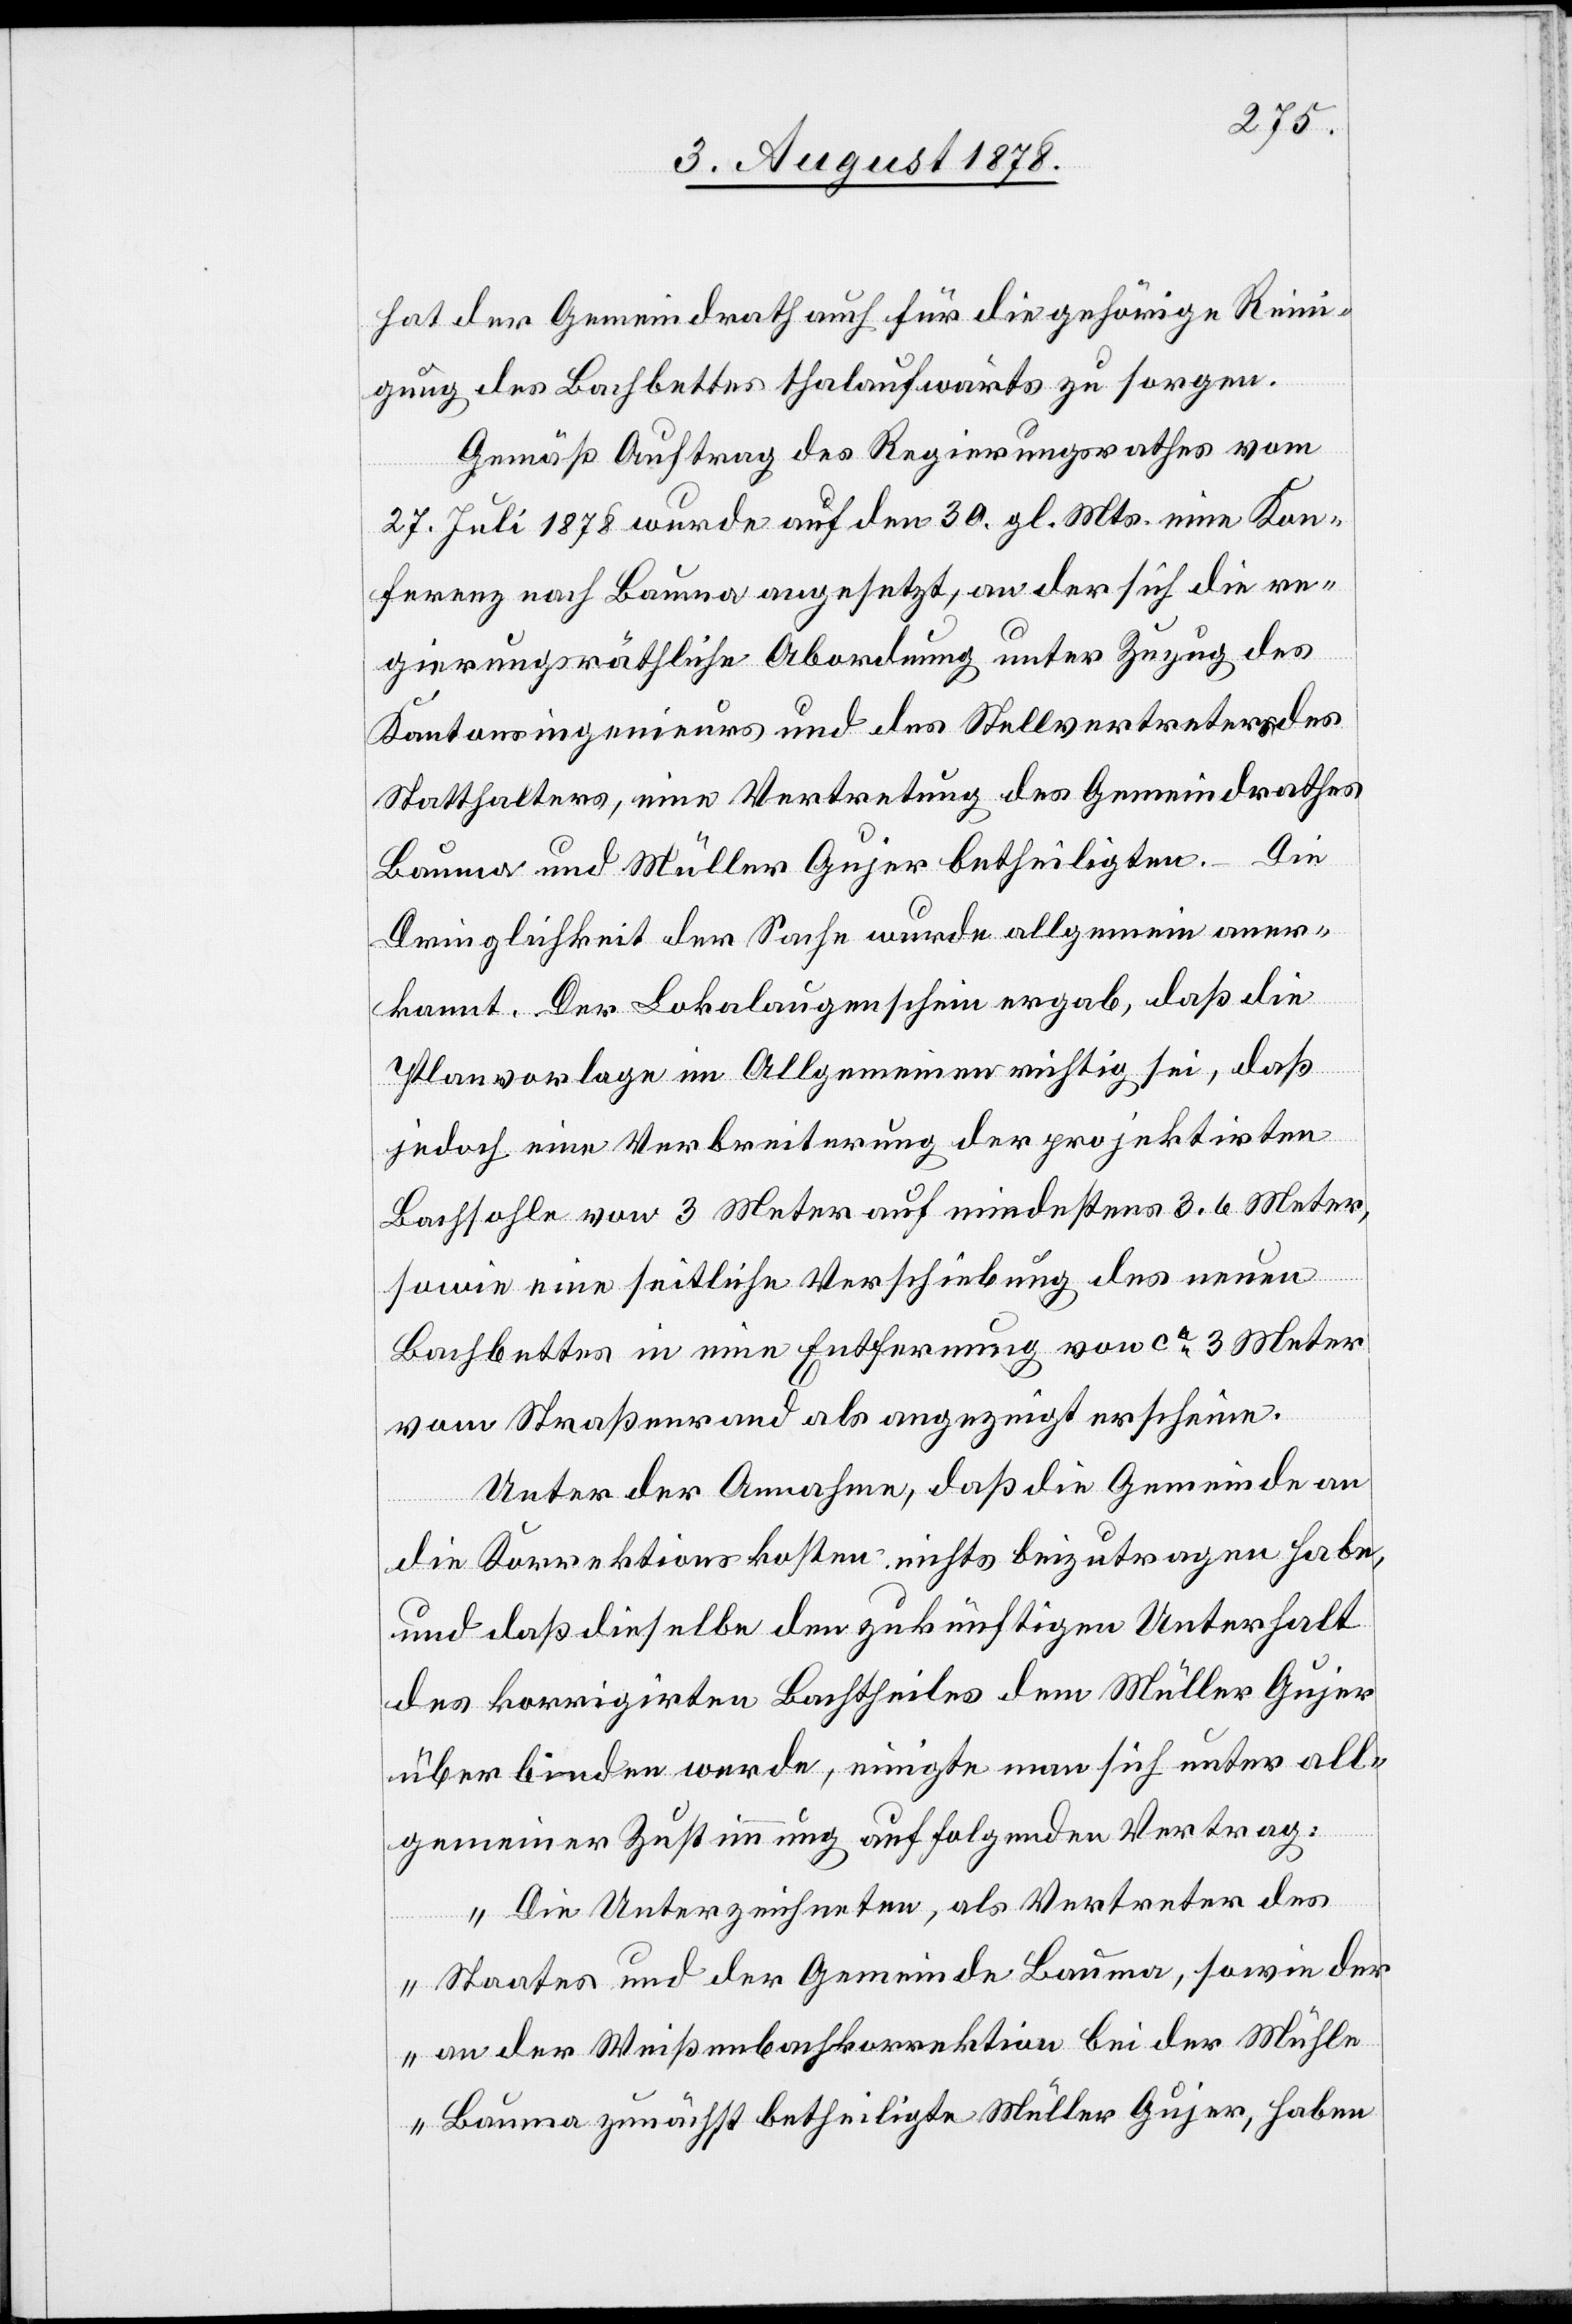
hat der Gemeindrath auch für die gehörige Reini¬
gung des Bachbettes thalaufwärts zu sorgen.
Gemäß Auftrag des Regierungsrathes vom
27. Juli 1878 wurde auf den 30. gl. Mts. eine Kon¬
ferenz nach Bauma angesetzt, an der sich die re¬
gierungsräthliche Abordnung unter Zuzug des
Kantonsingenieurs und des Stellvertreters des
Statthalters, eine Vertretung des Gemeindrathes
Bauma und Müller Gujer betheiligten. Die
Dringlichkeit der Sache wurde allgemein aner¬
kannt. Der Lokalaugenschein ergab, daß die
Planvorlage im Allgemeinen richtig sei, daß
jedoch eine Verbreiterung der projektirten
Bachsohle von 3 Meter auf mindestens 3.6 Meter
vom Straßenrand als angezeigt erschien.
Unter der Annahme, daß die Gemeinde an
die Korrektionskosten nichts beizutragen habe,
und daß dieselbe den zukünftigen Unterhalt
des korrigirten Bachtheiles dem Müller Gujer
überbinden werde, einigte man sich unter all¬
gemeiner Zustimmung auf folgenden Vertrag:
„Die Unterzeichneten, als Vertreter des
Staates und der Gemeinde Bauma, sowie der
an der Weißenbachkorrektion bei der Mühle
Bauma zunächst betheiligte Müller Gujer, haben